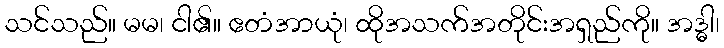
သင်သည်။ မမ၊ ငါ၏။ ဧတံအာယုံ၊ ထိုအသက်အတိုင်းအရှည်ကို။ အဒ္ဓါ၊